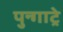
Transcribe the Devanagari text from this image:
पुन्गाट्रे